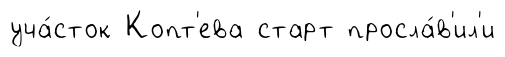
уча́сток Копт'ева старт просла́в'ил'и